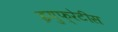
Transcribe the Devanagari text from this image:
इयुफ़्रेटीस